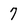
Character: 7